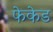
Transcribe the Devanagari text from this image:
फेकेड